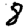
Digit: 8